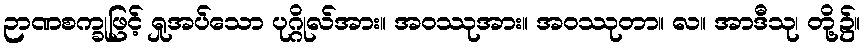
ဉာဏစက္ခုဖြင့် ရှုအပ်သော ပုဂ္ဂိုလ်အား။ အဝဿုအား။ အဝဿုတာ။ လ။ အာဒီသု၊ တို့၌။